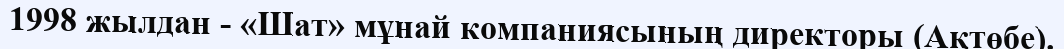
1998 жылдан - «Шат» мұнай компаниясының директоры (Ақтөбе).